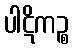
ပါဋိကဉ္စ